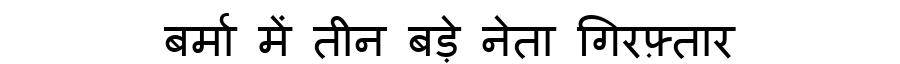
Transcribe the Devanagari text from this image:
बर्मा में तीन बड़े नेता गिरफ़्तार